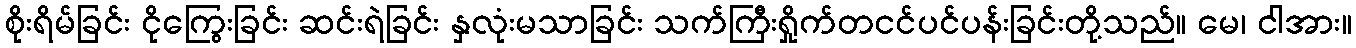
စိုးရိမ်ခြင်း ငိုကြွေးခြင်း ဆင်းရဲခြင်း နှလုံးမသာခြင်း သက်ကြီးရှိုက်တငင်ပင်ပန်းခြင်းတို့သည်။ မေ၊ ငါအား။